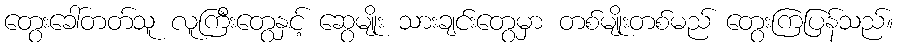
တွေးခေါ်တတ်သူ လူကြီးတွေနှင့် ဆွေမျိုး သားချင်းတွေမှာ တစ်မျိုးတစ်မည် တွေးကြပြန်သည်။